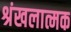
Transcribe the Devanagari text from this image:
श्रंखलात्मक